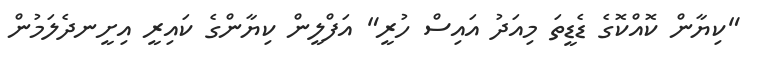
"ކިޔާން ކޮއްކޮގެ ޑެޑީތަ މިއަދު އައިސް ހުރީ" އަފްލީން ކިޔާންގެ ކައިރީ އިށީނދެލަމުން